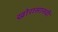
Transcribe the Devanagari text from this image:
खोरासानची